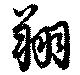
翔